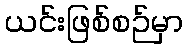
ယင်းဖြစ်စဉ်မှာ